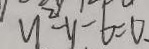
u ^ { 2 } - y - 6 = 0